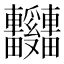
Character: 𫐃